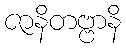
ဇာနိတဗ္ဗာနိ